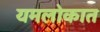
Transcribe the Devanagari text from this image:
यमलोकात